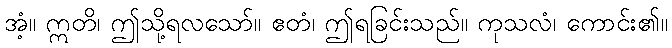
အံ့။ ဣတိ၊ ဤသို့ရလသော်။ ဧတံ၊ ဤရခြင်းသည်။ ကုသလံ၊ ကောင်း၏။